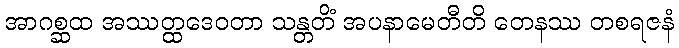
အာဂစ္ဆထ အဿတ္ထဒေဝတာ သန္တတိံ အပနာမေတီတိ တေနဿ တစရဇနံ